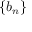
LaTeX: \left\{ b _ { n } \right\}